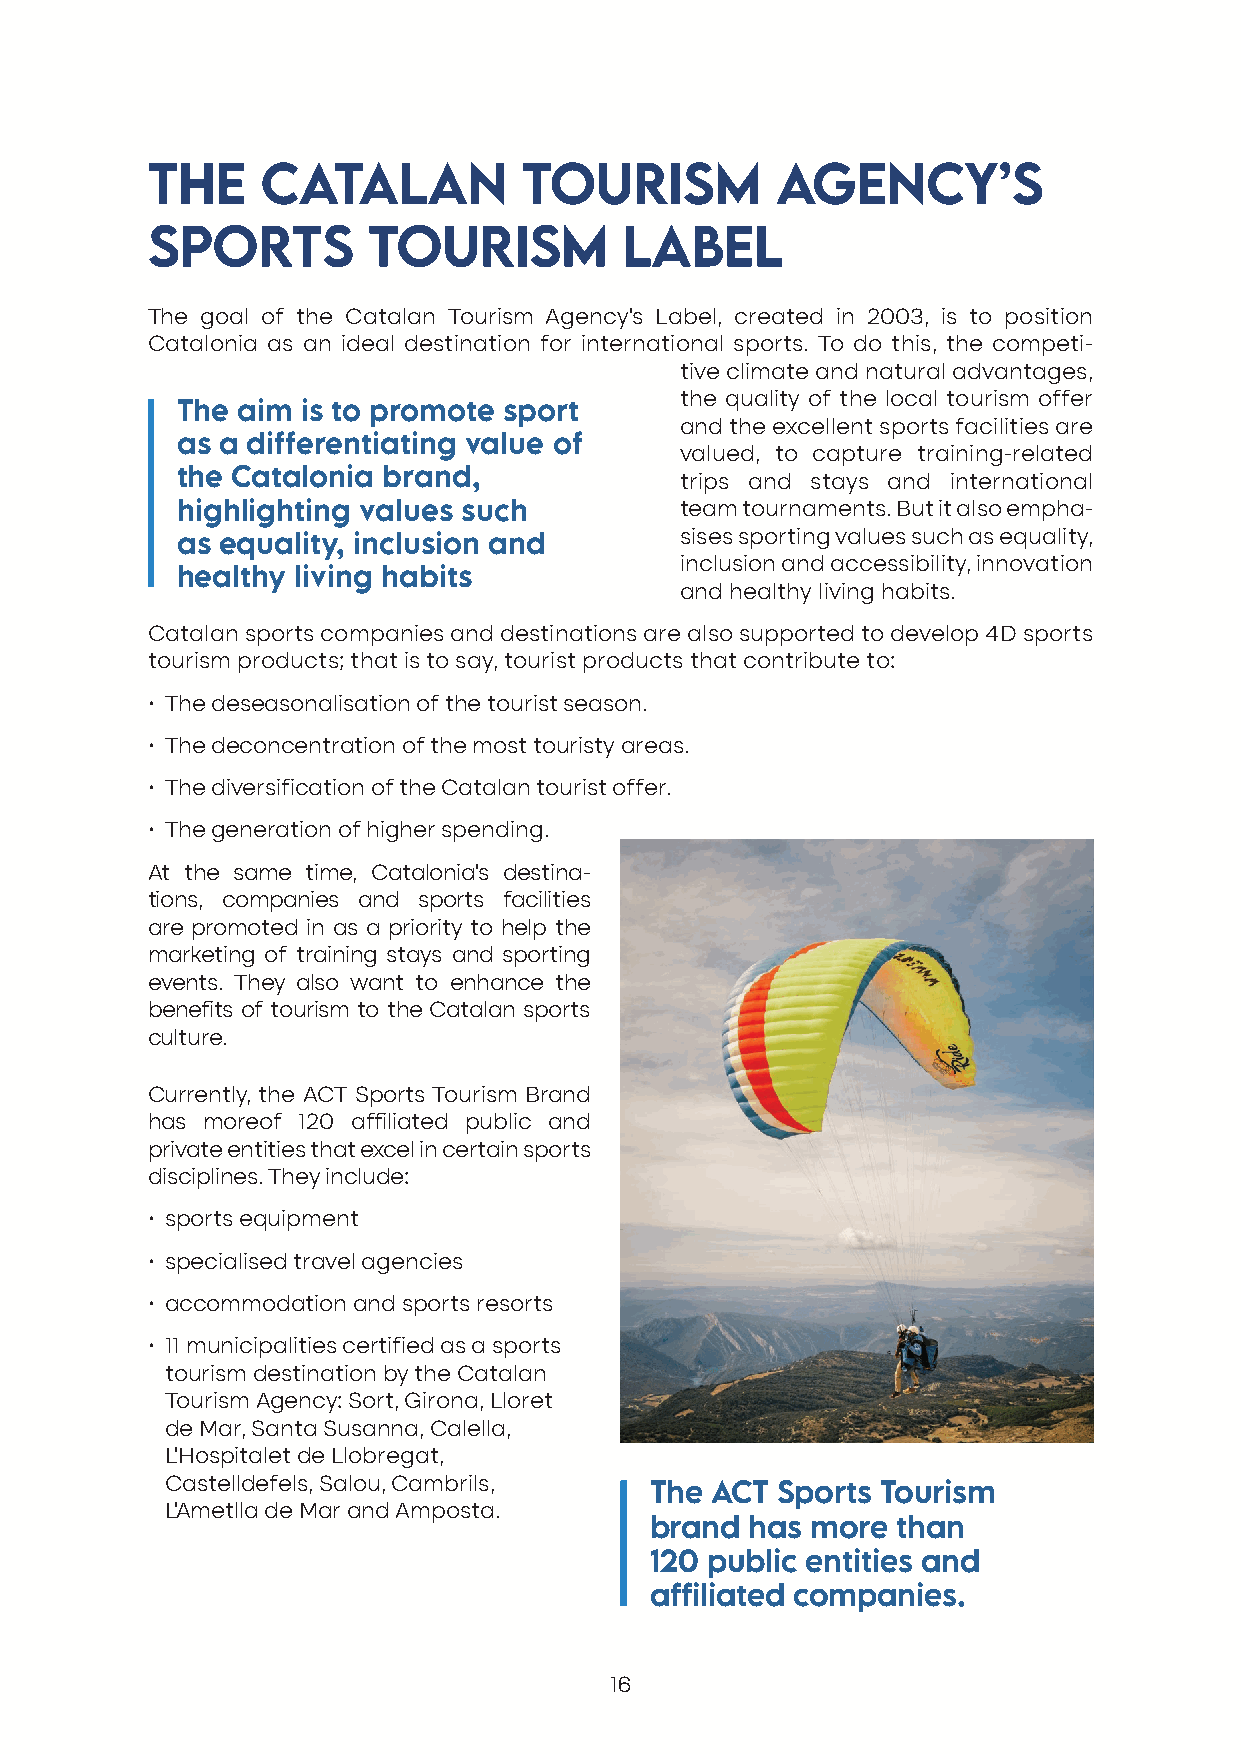
THE    CATALAN           TOURISM         AGENCY’S
 SPORTS        TOURISM          LABEL
 The goal of the Catalan Tourism Agency’s Label, created in 2003, is to position
 Catalonia as an ideal destination for international sports. To do this, the competi-
 tive climate and natural advantages,
 the quality of the local tourism offer
 The aim is to promote sport
 and the excellent sports facilities are
 as a differentiating value of
 valued, to capture training-related
 the Catalonia brand,             trips and stays and international
 highlighting values such         team tournaments. But it also empha-
 sises sporting values such as equality,
 as equality, inclusion and
 inclusion and accessibility, innovation
 healthy living habits
 and healthy living habits.
 Catalan sports companies and destinations are also supported to develop 4D sports
 tourism products; that is to say, tourist products that contribute to:
 • The deseasonalisation of the tourist season.
 • The deconcentration of the most touristy areas.
 • The diversification of the Catalan tourist offer.
 • The generation of higher spending.
 At the same time, Catalonia’s destina-
 tions, companies and sports facilities
 are promoted in as a priority to help the
 marketing of training stays and sporting
 events. They also want to enhance the
 benefits of tourism to the Catalan sports
 culture.
 Currently, the ACT Sports Tourism Brand
 has moreof 120 affiliated public and
 private entities that excel in certain sports
 disciplines. They include:
 • sports equipment
 • specialised travel agencies
 • accommodation and sports resorts
 • 11 municipalities certified as a sports
 tourism destination by the Catalan
 Tourism Agency: Sort, Girona, Lloret
 de Mar, Santa Susanna, Calella,
 L’Hospitalet de Llobregat,
 Castelldefels, Salou, Cambrils,
 The ACT Sports Tourism
 L’Ametlla de Mar and Amposta.
 brand  has more than
 120 public entities and
 affiliated companies.
 16